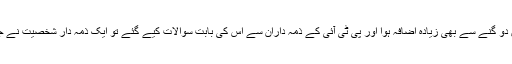
ان کا حساب کتاب بھی غلط نہیں تھا لیکن ایک عجب لطیفہ یہ ہوا کہ جب ڈالر کی قدر میں دو گنے سے بھی زیادہ اضافہ ہوا اور پی ٹی آئی کے ذمہ داران سے اس کی بابت سوالات کیے گئے تو ایک ذمہ دار شخصیت نے جواب میں کہا کہ ڈالر کی قدر میں اضافہ ہوجانے سے نقصان نہیں، فائدہ ہی فائدہ ہوتا ہے۔